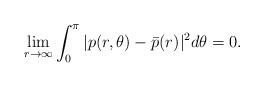
LaTeX: \begin{align*}\begin{aligned}\lim_{r\to\infty}\int_{0}^{\pi}|p(r,\theta)-\bar{p}(r)|^{2}d\theta=0.\end{aligned}\end{align*}